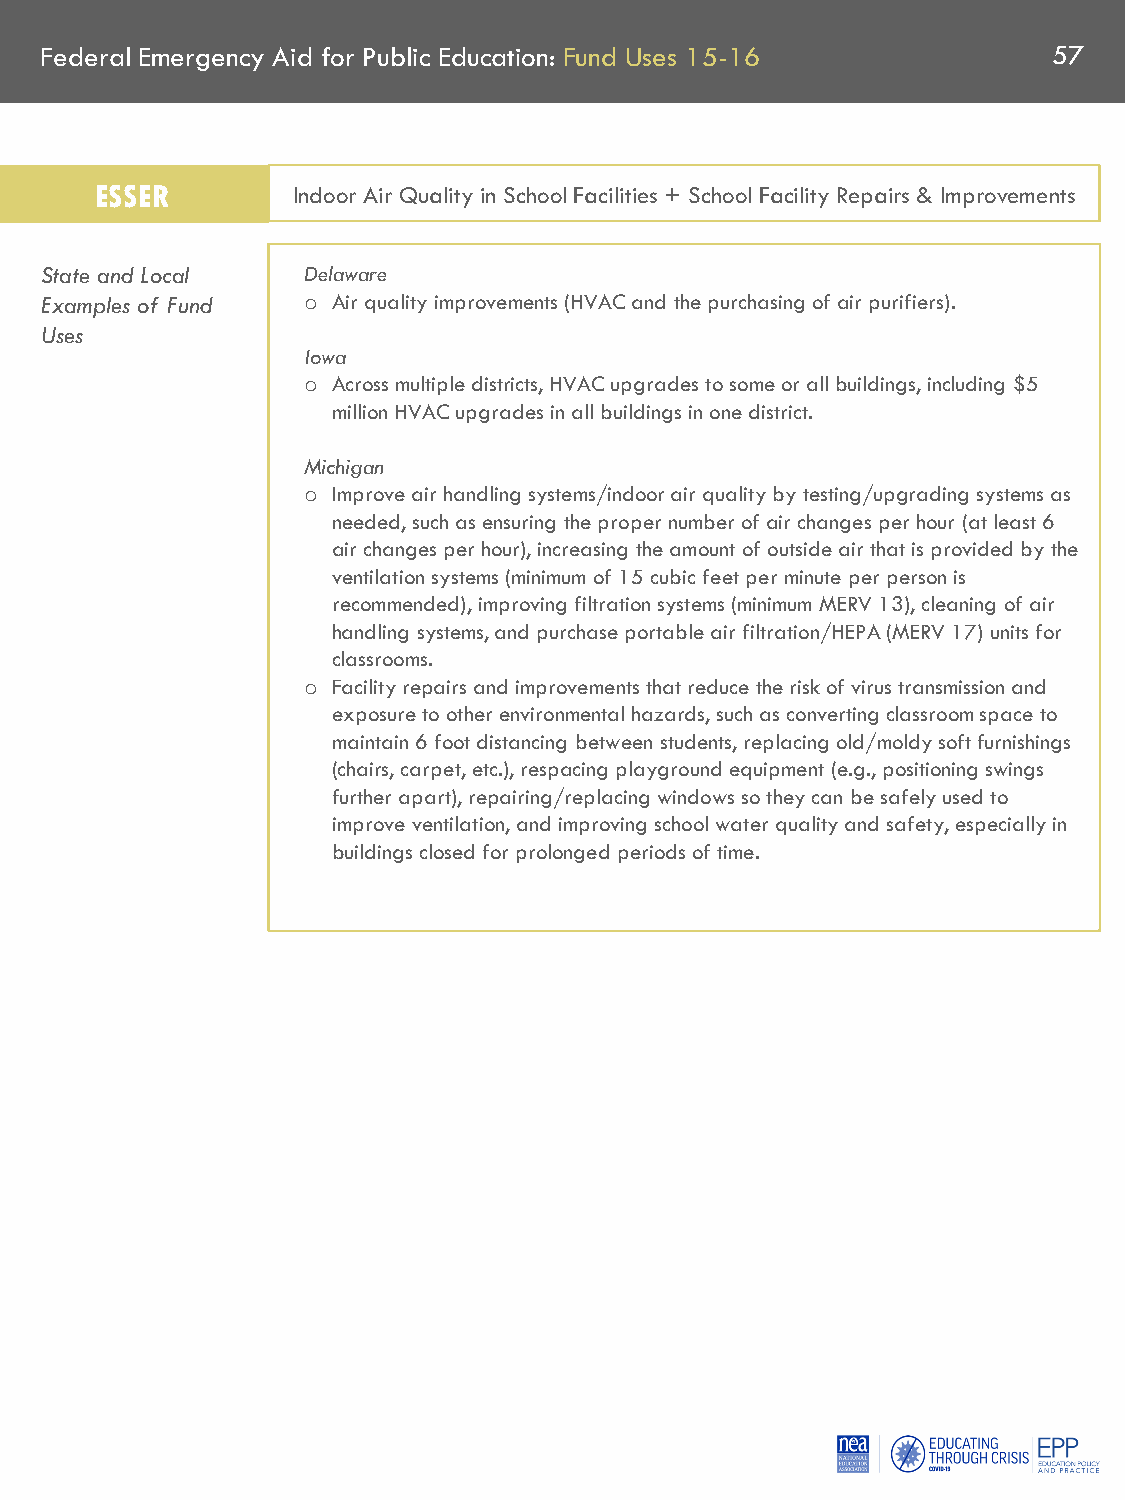
Federal Emergency Aid for Public Education: Fund Uses 15-16        57
 ESSER        Indoor Air Quality in School Facilities + School Facility Repairs & Improvements
 State and Local  Delaware
 Examples of Fund   Air quality improvements (HVAC and the purchasing of air purifiers).
 o
 Uses
 Iowa
 Across multiple districts, HVAC upgrades to some or all buildings, including $5
 o
 million HVAC upgrades in all buildings in one district.
 Michigan
 Improve air handling systems/indoor air quality by testing/upgrading systems as
 o
 needed, such as ensuring the proper number of air changes per hour (at least 6
 air changes per hour), increasing the amount of outside air that is provided by the
 ventilation systems (minimum of 15 cubic feet per minute per person is
 recommended), improving filtration systems (minimum MERV 13), cleaning of air
 handling systems, and purchase portable air filtration/HEPA (MERV 17) units for
 classrooms.
 Facility repairs and improvements that reduce the risk of virus transmission and
 o
 exposure to other environmental hazards, such as converting classroom space to
 maintain 6 foot distancing between students, replacing old/moldy soft furnishings
 (chairs, carpet, etc.), respacing playground equipment (e.g., positioning swings
 further apart), repairing/replacing windows so they can be safely used to
 improve ventilation, and improving school water quality and safety, especially in
 buildings closed for prolonged periods of time.